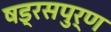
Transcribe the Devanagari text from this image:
षड्रसपुर्ण